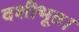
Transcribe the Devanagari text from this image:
वशीभूत।